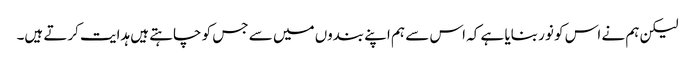
لیکن ہم نے اس کو نور بنایا ہے کہ اس سے ہم اپنے بندوں میں سے جس کو چاہتے ہیں ہدایت کرتے ہیں۔